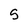
Character: 5